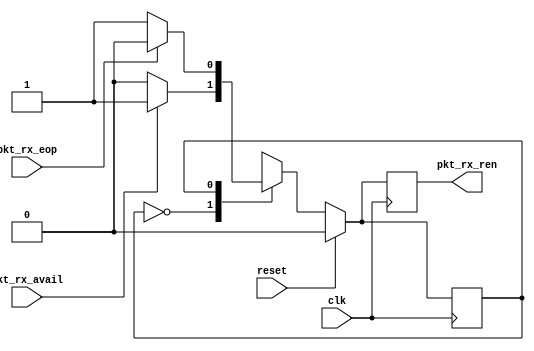
//
// Copyright 2013 Ettus Research LLC
// Copyright 2018 Ettus Research, a National Instruments Company
//
// SPDX-License-Identifier: LGPL-3.0-or-later
//

//
//
// Provide required handshake to Opencores XGE MAC to initiate Rx of one available packet
// 
//


module xge_handshake
  (
   input clk,
   input reset,
   output reg pkt_rx_ren,
   input pkt_rx_avail,
   input pkt_rx_eop
   );

   localparam IDLE=0;
   localparam RX=1;

   reg 	      state;
   

   always @(posedge clk)
     if (reset) begin
	pkt_rx_ren <= 0;
	state <= IDLE;
     end else begin
	case (state)
	  //
	  // Wait for pkt_rx_avail to be asserted, then assert pkt_rx_ren next cycle
	  //
	  IDLE: begin
	     if (pkt_rx_avail) begin
		pkt_rx_ren <= 1;
		state <= RX;
	     end else begin
		pkt_rx_ren <= 0;
		state <= IDLE;
	     end
	  end
	  //
	  // Keep pkt_rx_ren asserted until EOF received.
	  //
	  RX: begin
	     if (pkt_rx_eop) begin
		pkt_rx_ren <= 0;
		state <= IDLE;
	     end else begin
		pkt_rx_ren <= 1;
		state <= RX;
	     end
	  end   
	     
	endcase // case(state)
     end // else: !if(reset)
endmodule // xge_handshake